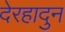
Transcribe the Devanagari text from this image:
देरहादुन